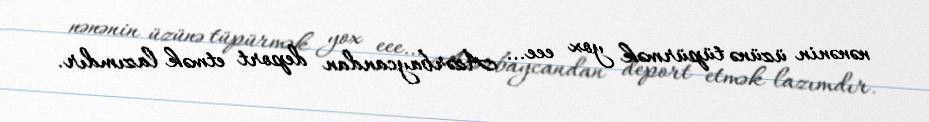
nənənin üzünə tüpürmək yox eee… Azərbaycandan deport etmək lazımdır.